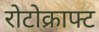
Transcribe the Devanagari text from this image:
रोटोक्राफ्ट